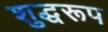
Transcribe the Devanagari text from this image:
शुद्धरूप